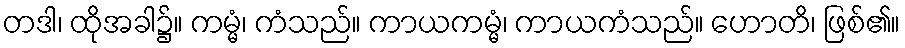
တဒါ၊ ထိုအခါ၌။ ကမ္မံ၊ ကံသည်။ ကာယကမ္မံ၊ ကာယကံသည်။ ဟောတိ၊ ဖြစ်၏။